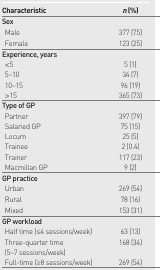
<table><thead><tr><td><b>Characteristic</b></td><td><b><i>n</i> (%)</b></td></tr></thead><tbody><tr><td><b>Sex</b></td><td></td></tr><tr><td>Male</td><td>377 (75)</td></tr><tr><td>Female</td><td>123 (25)</td></tr><tr><td><b>Experience, years</b></td><td></td></tr><tr><td>&lt;5</td><td>5 (1)</td></tr><tr><td>5–10</td><td>34 (7)</td></tr><tr><td>10–15</td><td>96 (19)</td></tr><tr><td>&gt;15</td><td>365 (73)</td></tr><tr><td><b>Type of GP</b></td><td></td></tr><tr><td>Partner</td><td>397 (79)</td></tr><tr><td>Salaried GP</td><td>75 (15)</td></tr><tr><td>Locum</td><td>25 (5)</td></tr><tr><td>Trainee</td><td>2 (0.4)</td></tr><tr><td>Trainer</td><td>117 (23)</td></tr><tr><td>Macmillan GP</td><td>9 (2)</td></tr><tr><td><b>GP practice</b></td><td></td></tr><tr><td>Urban</td><td>269 (54)</td></tr><tr><td>Rural</td><td>78 (16)</td></tr><tr><td>Mixed</td><td>153 (31)</td></tr><tr><td><b>GP workload</b></td><td></td></tr><tr><td>Half time (≤4 sessions/week)</td><td>63 (13)</td></tr><tr><td>Three-quarter time (5–7 sessions/week)</td><td>168 (34)</td></tr><tr><td>Full-time (≥8 sessions/week)</td><td>269 (54)</td></tr></tbody></table>